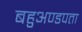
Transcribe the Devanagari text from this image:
बहुअण्डपता